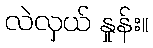
လဲလှယ် နှုန်း။